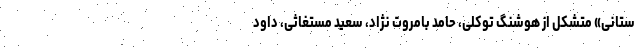
ستانی» متشکل از هوشنگ توکلی، حامد بامروت نژاد، سعید مستغاثی، داود